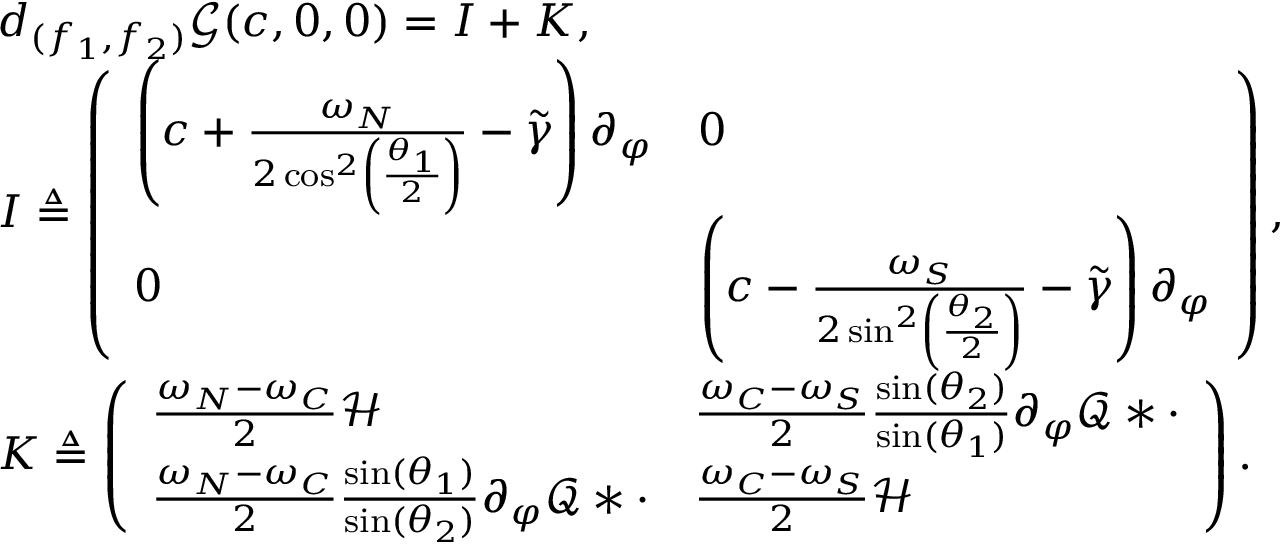
\begin{array} { r l } & { d _ { ( f _ { 1 } , f _ { 2 } ) } \mathscr { G } ( c , 0 , 0 ) = I + K , } \\ & { I \triangleq \left( \begin{array} { l l } { \left( c + \frac { \omega _ { N } } { 2 \cos ^ { 2 } \left( \frac { \theta _ { 1 } } { 2 } \right) } - \widetilde { \gamma } \right) \partial _ { \varphi } } & { 0 } \\ { 0 } & { \left( c - \frac { \omega _ { S } } { 2 \sin ^ { 2 } \left( \frac { \theta _ { 2 } } { 2 } \right) } - \widetilde { \gamma } \right) \partial _ { \varphi } } \end{array} \right) , } \\ & { K \triangleq \left( \begin{array} { l l } { \frac { \omega _ { N } - \omega _ { C } } { 2 } \mathcal { H } } & { \frac { \omega _ { C } - \omega _ { S } } { 2 } \frac { \sin ( \theta _ { 2 } ) } { \sin ( \theta _ { 1 } ) } \partial _ { \varphi } \mathcal { Q } \ast \cdot } \\ { \frac { \omega _ { N } - \omega _ { C } } { 2 } \frac { \sin ( \theta _ { 1 } ) } { \sin ( \theta _ { 2 } ) } \partial _ { \varphi } \mathcal { Q } \ast \cdot } & { \frac { \omega _ { C } - \omega _ { S } } { 2 } \mathcal { H } } \end{array} \right) . } \end{array}